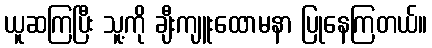
ယူဆကြပြီး သူ့ကို ချီးကျူးထောမနာ ပြုနေကြတယ်။